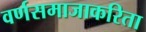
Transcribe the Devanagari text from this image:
वर्णसमाजाकरिता